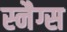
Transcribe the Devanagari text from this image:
स्नैग्स